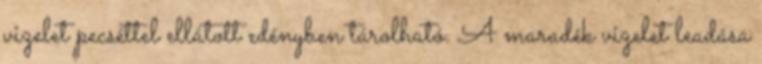
vizelet pecséttel ellátott edényben tárolható. A maradék vizelet leadása